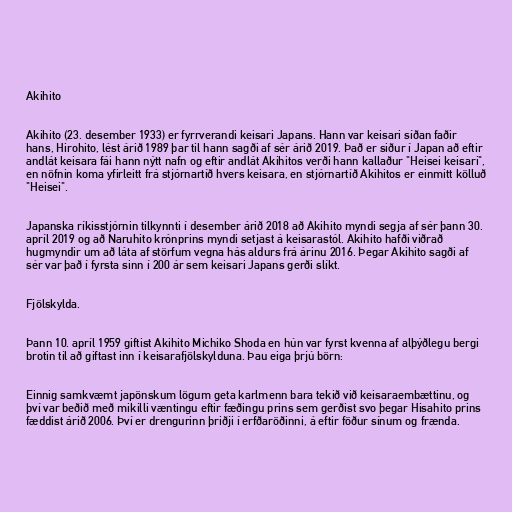
Akihito

Akihito (23. desember 1933) er fyrrverandi keisari Japans. Hann var keisari síðan faðir
hans, Hirohito, lést árið 1989 þar til hann sagði af sér árið 2019. Það er siður í Japan að eftir
andlát keisara fái hann nýtt nafn og eftir andlát Akihitos verði hann kallaður "Heisei keisari",
en nöfnin koma yfirleitt frá stjórnartíð hvers keisara, en stjórnartíð Akihitos er einmitt kölluð
"Heisei".

Japanska ríkisstjórnin tilkynnti í desember árið 2018 að Akihito myndi segja af sér þann 30.
apríl 2019 og að Naruhito krónprins myndi setjast á keisarastól. Akihito hafði viðrað
hugmyndir um að láta af störfum vegna hás aldurs frá árinu 2016. Þegar Akihito sagði af
sér var það í fyrsta sinn í 200 ár sem keisari Japans gerði slíkt.

Fjölskylda.

Þann 10. apríl 1959 giftist Akihito Michiko Shoda en hún var fyrst kvenna af alþýðlegu bergi
brotin til að giftast inn í keisarafjölskylduna. Þau eiga þrjú börn:

Einnig samkvæmt japönskum lögum geta karlmenn bara tekið við keisaraembættinu, og
því var beðið með mikilli væntingu eftir fæðingu prins sem gerðist svo þegar Hisahito prins
fæddist árið 2006. Því er drengurinn þriðji í erfðaröðinni, á eftir föður sínum og frænda.